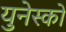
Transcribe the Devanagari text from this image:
युनेस्‍को